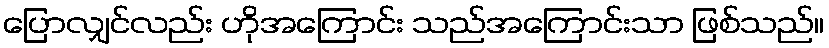
ပြောလျှင်လည်း ဟိုအကြောင်း သည်အကြောင်းသာ ဖြစ်သည်။